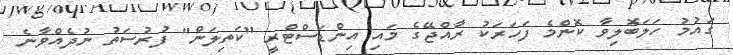
ގައުމު ހަލަބޮލިވާ ކޮންމެ ފަހަރަކު ރާއްޖޭގެ މައި އިންޑަސްޓްރީ "ކަތިލަން" ފުރުސަތު ނުދެއްވާނެ